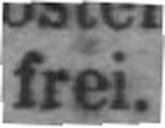
frei.